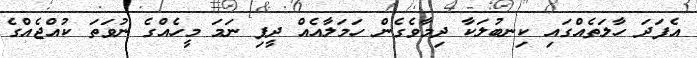
އެފަދަ ހާލަތެއްގައި ކިނބުލަކާ ދިމާވެގެން ހަމަލާއެއް ދީފި ނަމަ މީހެއްގެ ނުވަތަ ކުއްޖެއްގެ